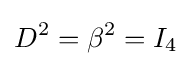
D^{2}=\beta ^{2}=I_{4}